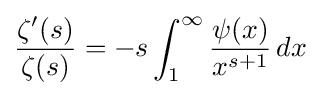
{\frac {\zeta ^{\prime }(s)}{\zeta (s)}}=-s\int _{1}^{\infty }{\frac {\psi (x)}{x^{s+1}}}\,dx